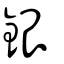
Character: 銀